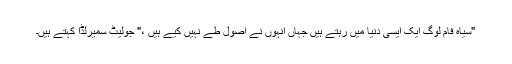
"سیاہ فام لوگ ایک ایسی دنیا میں رہتے ہیں جہاں انہوں نے اصول طے نہیں کیے ہیں ،" جولیٹ سمیرلڈا کہتے ہیں۔